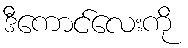
ဒီကောင်လေးကို